Scottish Leaving Certificate Examination, 1959
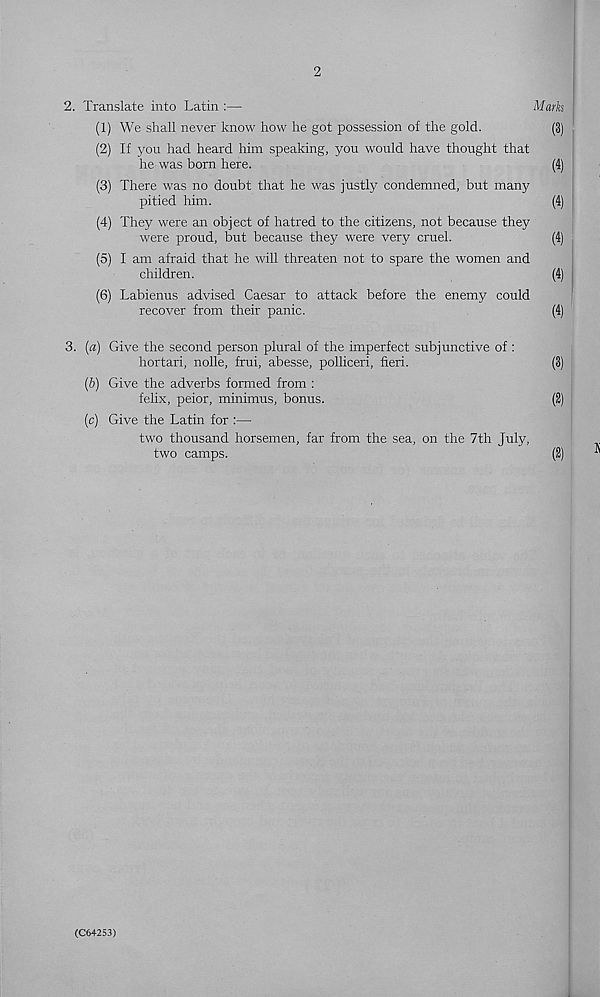
2
2. Translate into Latin :—
Marks
(1) We shall never know how he got possession of the gold.
(3)
(2) If you had heard him speaking, you would have thought that
he was born here.
(4)
(3) There was no doubt that he was justly condemned, but many
pitied him.
(4)
(4) They were an object of hatred to the citizens, not because they
were proud, but because they were very cruel.
(4)
(5) I am afraid that he will threaten not to spare the women and
children.
(4)
(6) Labienus advised Caesar to attack before the enemy could
recover from their panic.
(4)
3. (a) Give the second person plural of the imperfect subjunctive of :
hortari, nolle, frui, abesse, polliceri, fieri.
(3)
(b) Give the adverbs formed from :
felix, peior, minimus, bonus.
(2)
(c) Give the Latin for :—
two thousand horsemen, far from the sea, on the 7th July,
two camps.
(2)
(C64253)